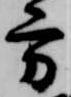
方